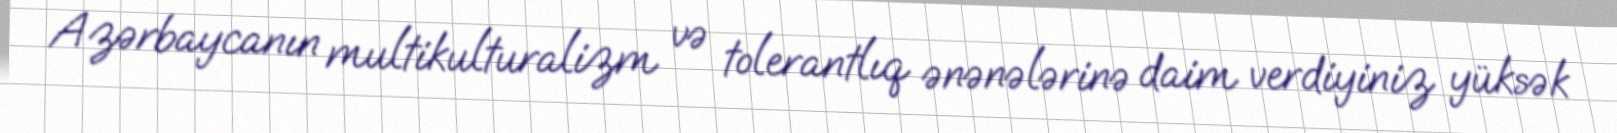
Azərbaycanın multikulturalizm və tolerantlıq ənənələrinə daim verdiyiniz yüksək